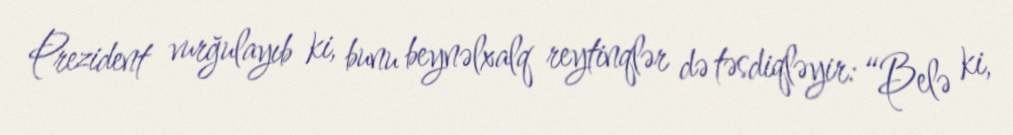
Prezident vurğulayıb ki, bunu beynəlxalq reytinqlər də təsdiqləyir: “Belə ki,